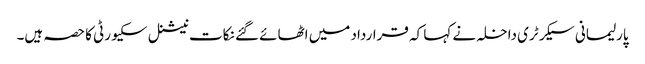
پارلیمانی سیکرٹری داخلہ نے کہا کہ قرارداد میں اٹھائے گئے نکات نیشنل سکیورٹی کا حصہ ہیں۔